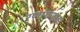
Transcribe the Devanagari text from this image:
रणांगणांवर